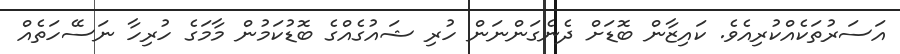
އަސަރުތަކެއްކުރިއެވެ. ކައިޒާން ބޮޑަށް ދެނެގަންނަން ހުރި ޝައުގެއްގެ ބޮޑުކަމުން މާމަގެ ހުރިހާ ނަސޭހަތެއް